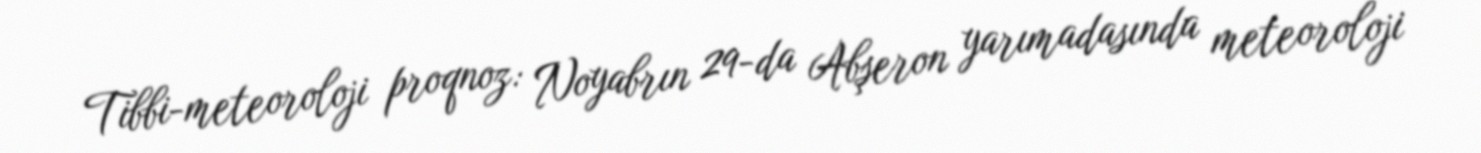
Tibbi-meteoroloji proqnoz: Noyabrın 29-da Abşeron yarımadasında meteoroloji